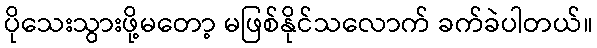
ပိုသေးသွားဖို့မတော့ မဖြစ်နိုင်သလောက် ခက်ခဲပါတယ်။